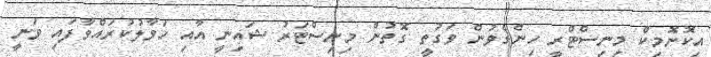
އިކޮނޮމިކް މިނިސްޓްރީ ހިންގެވުން ވަގުތީ ގޮތުން މިނިސްޓަރު ޝައިނީ އާއި ހަވާލުކުރައްވާފައި ވަނީ